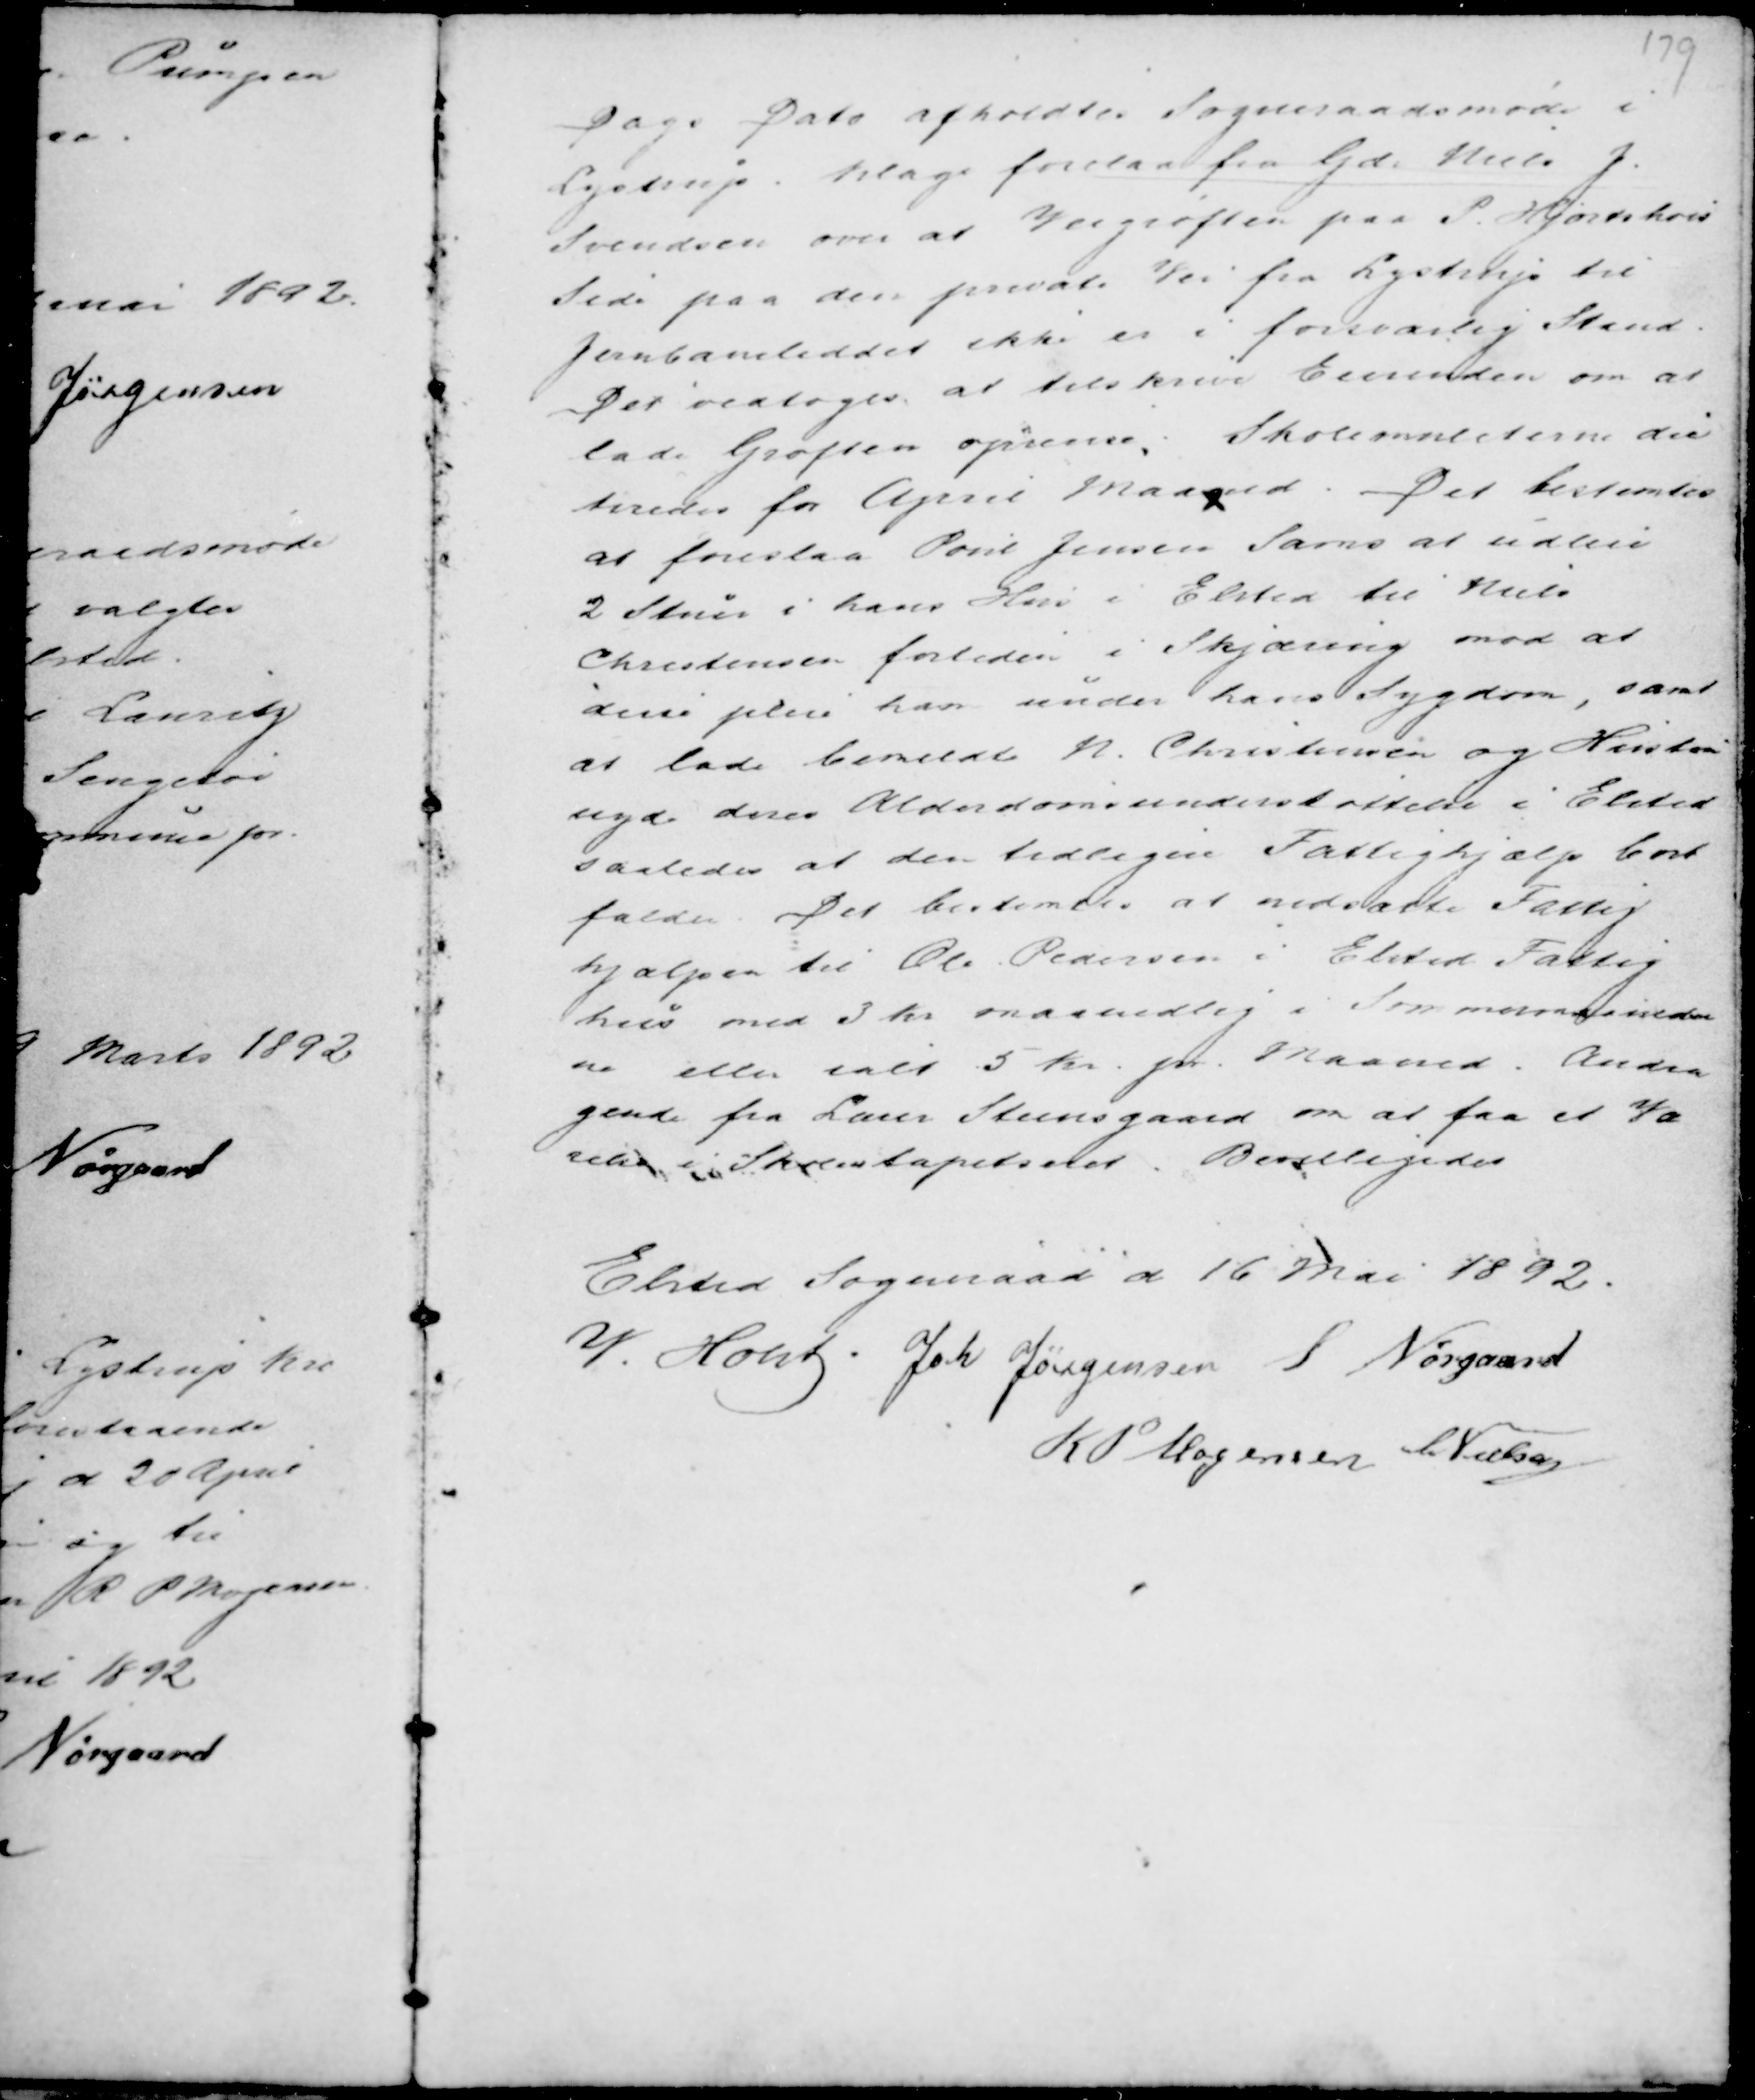
Transskription:
Dags Dato afholdtes Sogneraadsmøde i
Lystrup. Klage forelaa fra Gdr Niels J.
Svendsen om at Veigrøften paa P. Hjortshøis
Side paa den private Vei fra Lystrup til
Jernbaneleddet ikke er i forsvarlig Stand.
Det vedtoges at tilskrive Eiermanden om at
lade Grøften oprense. Skolemulcterne dic
teredes for April Maaned. Det bestemtes
at foreslaa Poul Jensen Sams at udleie
2 Stuer i hans Hus i Elsted til Niels
Christensen fortiden i Skjæring mod at
disse pleie ham under hans Sygdom, samt
at lade bemeldte N. Christensen og Hustru
nyde deres Alderdomsunderstøttelse i Elsted
saaledes at den tidligere Fattighjælp bort
falder. Det bestemtes at nedsætte Fattig
hjælpen til Ole Pedersen i Elsted Fattig
hus med 3 Kr maanedlig i Sommermaaneder
ne eller ialt 5 Kr pr Maaned. Andra-
gende fra Lærer Steensgaard om at faa et Væ
relse i Skolen tapetseret. Bevilligedes

Elsted Sogneraad d 16 Mai 1892.
M. Holst Joh Jørgensen S. Nørgaard
R P Mogensen C Nielsen